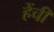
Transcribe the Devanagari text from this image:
हेंची